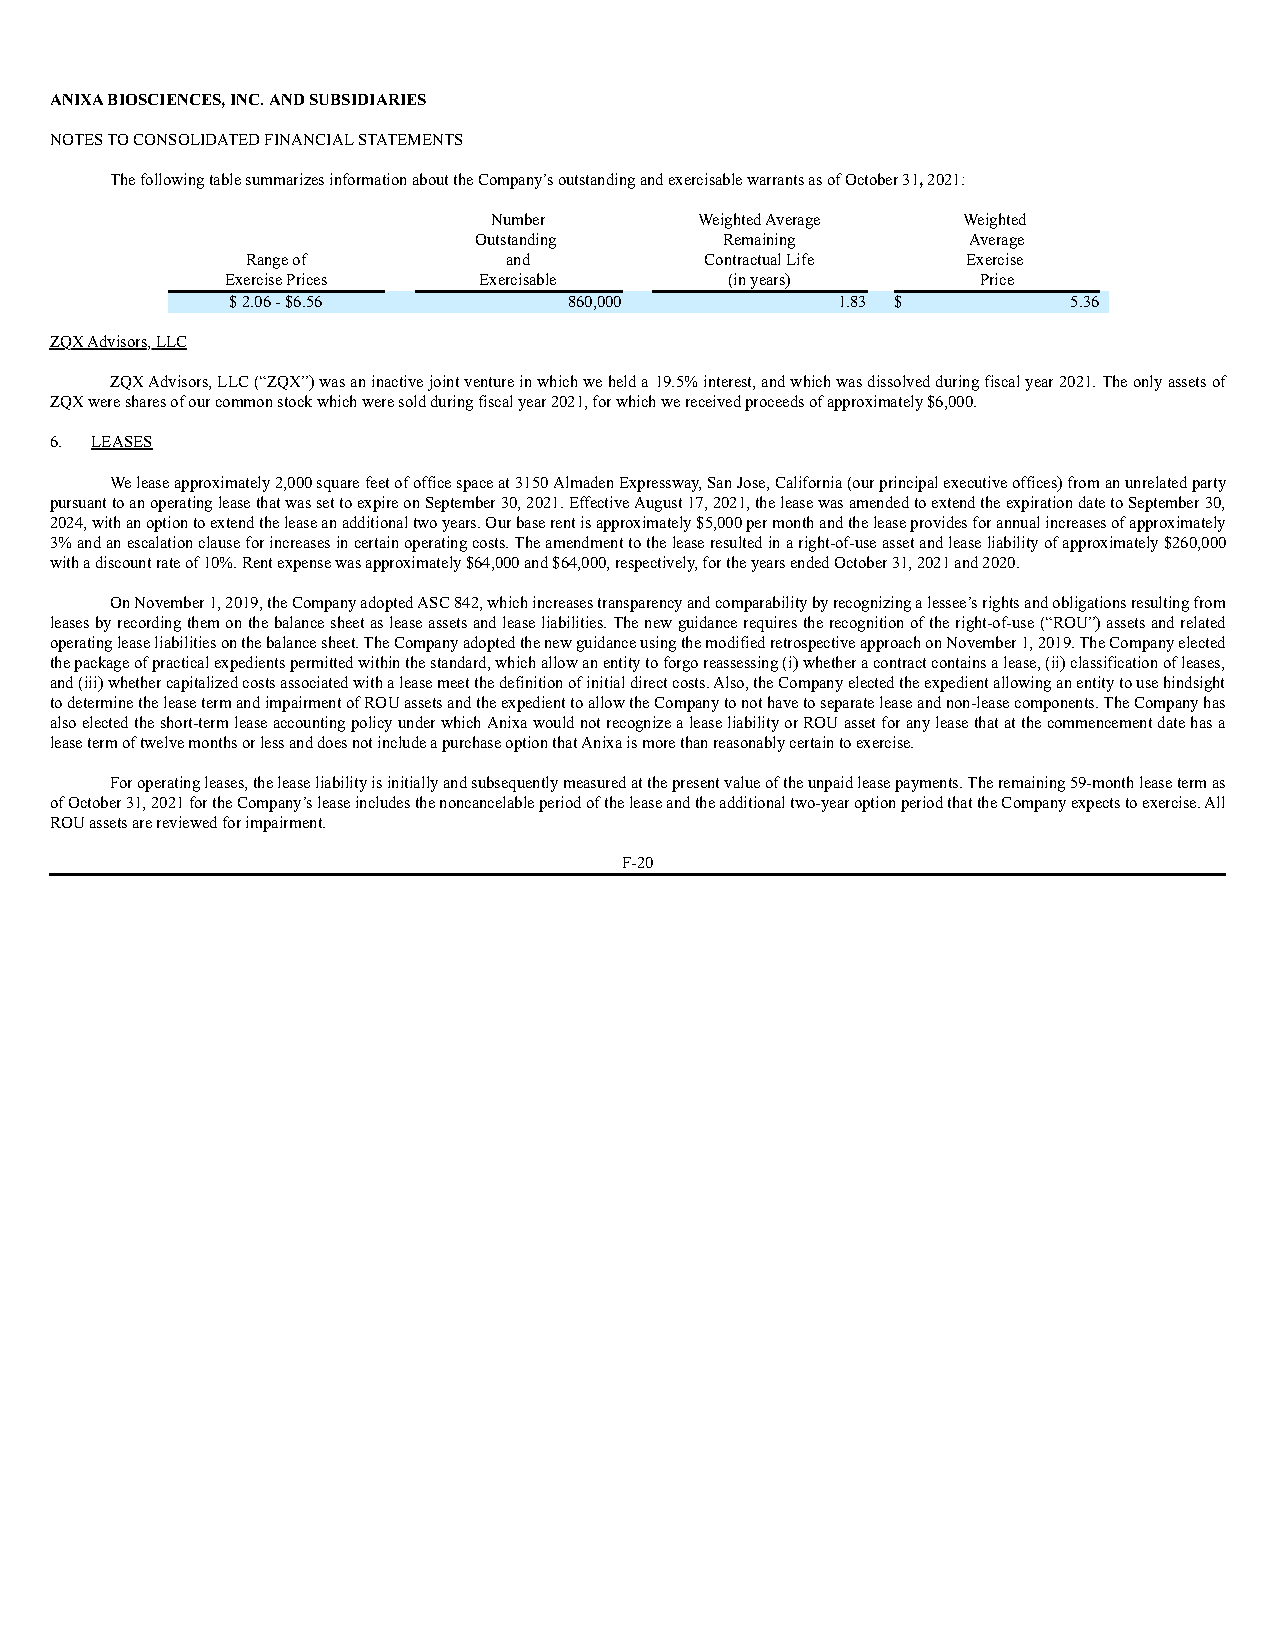
ANIXA BIOSCIENCES, INC. AND SUBSIDIARIES
 NOTES TO CONSOLIDATED FINANCIAL STATEMENTS
 The following table summarizes information about the Company’s outstanding and exercisable warrants as of October 31, 2021:
 Number        Weighted Average  Weighted
 Outstanding      Remaining       Average
 Range of         and           Contractual Life Exercise
 Exercise Prices  Exercisable     (in years)       Price
 $ 2.06 - $6.56         860,000          1.83 $          5.36
 ZQX Advisors, LLC
 ZQX Advisors, LLC (“ZQX”) was an inactive joint venture in which we held a 19.5% interest, and which was dissolved during fiscal year 2021. The only assets of
 ZQX were shares of our common stock which were sold during fiscal year 2021, for which we received proceeds of approximately $6,000.
 6. LEASES
 We lease approximately 2,000 square feet of office space at 3150 Almaden Expressway, San Jose, California (our principal executive offices) from an unrelated party
 pursuant to an operating lease that was set to expire on September 30, 2021. Effective August 17, 2021, the lease was amended to extend the expiration date to September 30,
 2024, with an option to extend the lease an additional two years. Our base rent is approximately $5,000 per month and the lease provides for annual increases of approximately
 3% and an escalation clause for increases in certain operating costs. The amendment to the lease resulted in a right-of-use asset and lease liability of approximately $260,000
 with a discount rate of 10%. Rent expense was approximately $64,000 and $64,000, respectively, for the years ended October 31, 2021 and 2020.
 On November 1, 2019, the Company adopted ASC 842, which increases transparency and comparability by recognizing a lessee’s rights and obligations resulting from
 leases by recording them on the balance sheet as lease assets and lease liabilities. The new guidance requires the recognition of the right-of-use (“ROU”) assets and related
 operating lease liabilities on the balance sheet. The Company adopted the new guidance using the modified retrospective approach on November 1, 2019. The Company elected
 the package of practical expedients permitted within the standard, which allow an entity to forgo reassessing (i) whether a contract contains a lease, (ii) classification of leases,
 and (iii) whether capitalized costs associated with a lease meet the definition of initial direct costs. Also, the Company elected the expedient allowing an entity to use hindsight
 to determine the lease term and impairment of ROU assets and the expedient to allow the Company to not have to separate lease and non-lease components. The Company has
 also elected the short-term lease accounting policy under which Anixa would not recognize a lease liability or ROU asset for any lease that at the commencement date has a
 lease term of twelve months or less and does not include a purchase option that Anixa is more than reasonably certain to exercise.
 For operating leases, the lease liability is initially and subsequently measured at the present value of the unpaid lease payments. The remaining 59-month lease term as
 of October 31, 2021 for the Company’s lease includes the noncancelable period of the lease and the additional two-year option period that the Company expects to exercise. All
 ROU assets are reviewed for impairment.
 F-20